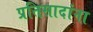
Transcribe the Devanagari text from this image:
प्रतिसादांना